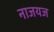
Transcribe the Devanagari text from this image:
नाजयज